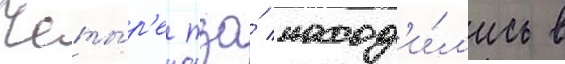
Четы́р'е тза́ наход'и́л'ись в